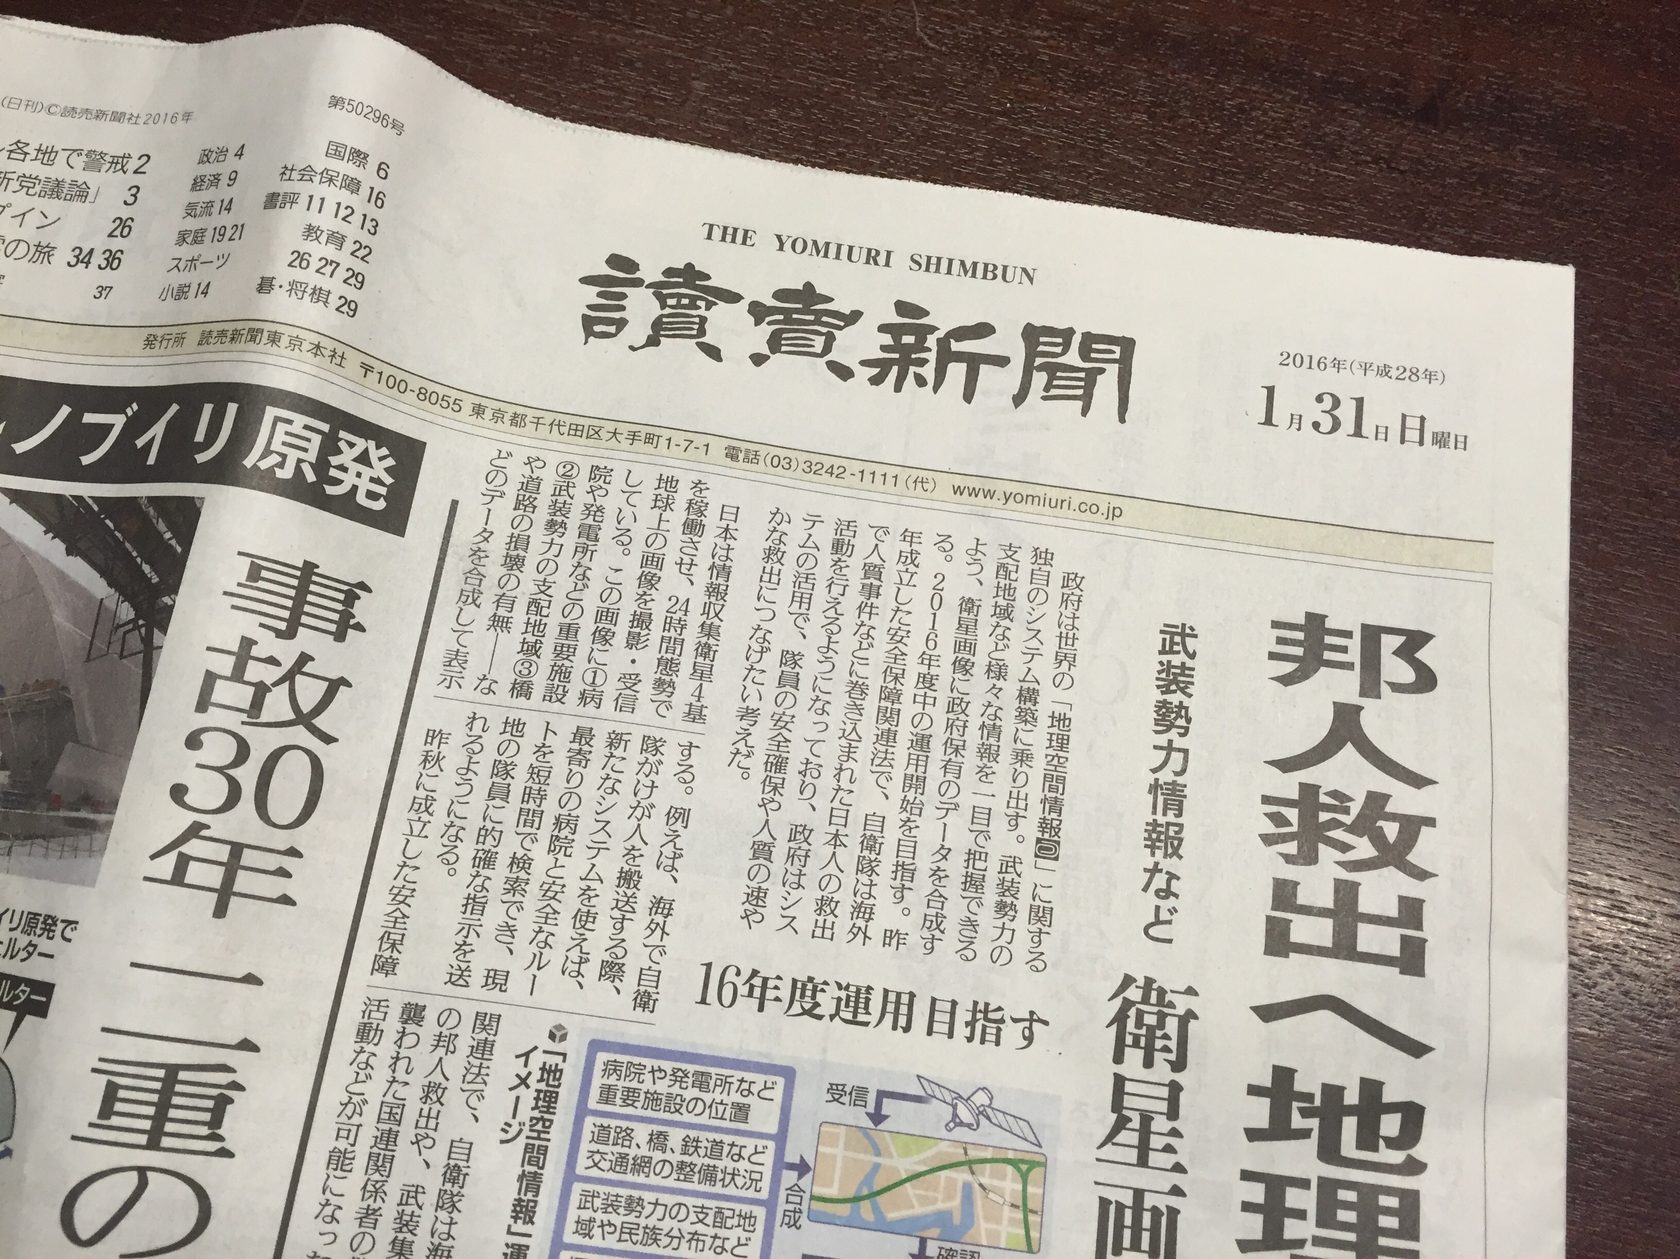
Language: ja